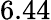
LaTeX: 6.44